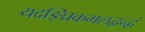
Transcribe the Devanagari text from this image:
यदङ्घ्रिकमलद्वन्द्वं